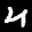
Label: 4